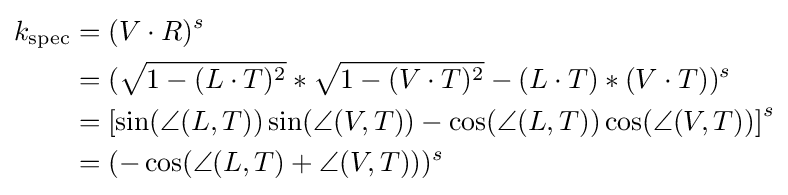
{\begin{aligned}k_{\mathrm {spec} }&{}=(V\cdot R)^{s}\\&{}=({\sqrt {1-(L\cdot T)^{2}}}*{\sqrt {1-(V\cdot T)^{2}}}-(L\cdot T)*(V\cdot T))^{s}\\&{}=\left[\sin(\angle (L,T))\sin(\angle (V,T))-\cos(\angle (L,T))\cos(\angle (V,T))\right]^{s}\\&{}=(-\cos(\angle (L,T)+\angle (V,T)))^{s}\end{aligned}}